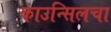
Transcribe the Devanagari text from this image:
काउन्सिलचा